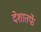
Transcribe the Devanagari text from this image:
देशातर्फे